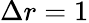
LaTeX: \Delta r=1